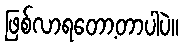
ဖြစ်လာရတော့တာပါပဲ။